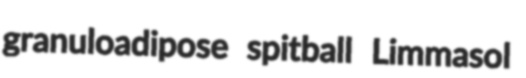
granuloadipose spitball Limmasol